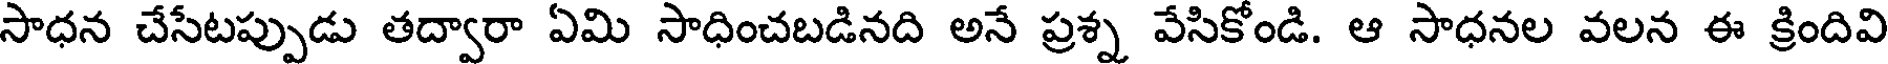
సాధన చేసేటప్పుడు తద్వారా ఏమి సాధించబడినది అనే ప్రశ్న వేసికోండి. ఆ సాధనల వలన ఈ క్రిందివి